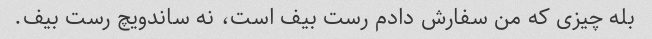
بله چیزی که من سفارش دادم رست بیف است، نه ساندویچ رست بیف.